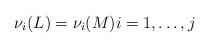
LaTeX: \begin{align*}\nu_i(L)=\nu_i(M)i=1,\ldots,j\end{align*}